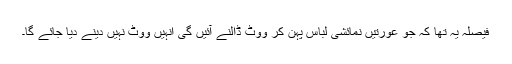
فیصلہ یہ تھا کہ جو عورتیں نمائشی لباس پہن کر ووٹ ڈالنے آئیں گی انہیں ووٹ نہیں دینے دیا جائے گا۔